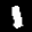
Label: 1